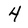
Character: 4